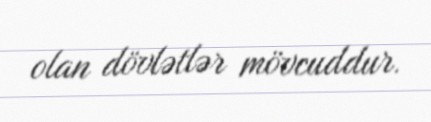
olan dövlətlər mövcuddur.